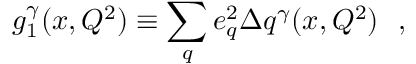
g _ { 1 } ^ { \gamma } ( x , Q ^ { 2 } ) \equiv \sum _ { q } e _ { q } ^ { 2 } \Delta q ^ { \gamma } ( x , Q ^ { 2 } ) \: \: \: ,